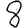
Digit: 8